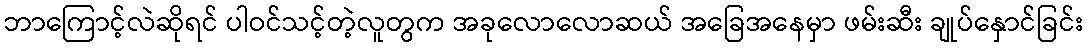
ဘာကြောင့်လဲဆိုရင် ပါဝင်သင့်တဲ့လူတွက အခုလောလောဆယ် အခြေအနေမှာ ဖမ်းဆီး ချုပ်နှောင်ခြင်း